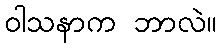
ဝါသနာက ဘာလဲ။